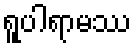
ရူပါရာမဿ